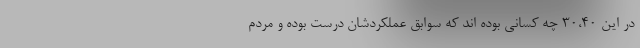
در این 30،40 چه کسانی بوده اند که سوابق عملکردشان درست بوده و مردم